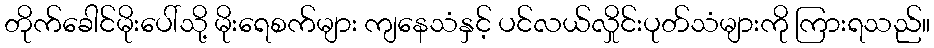
တိုက်ခေါင်မိုးပေါ်သို့ မိုးရေစက်များ ကျနေသံနှင့် ပင်လယ်လှိုင်းပုတ်သံများကို ကြားရသည်။